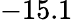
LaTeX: -15.1